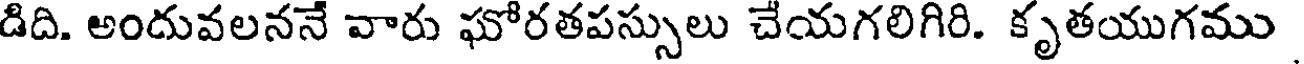
డిది. అందువలననే వారు ఘోరతపస్సులు చేయగలిగిరి. కృతయుగము